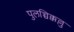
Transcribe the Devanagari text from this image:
पुलच्चिक्कल्लु